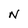
Character: N